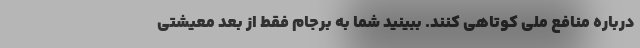
درباره منافع ملی کوتاهی کنند. ببینید شما به برجام فقط از بعد معیشتی